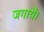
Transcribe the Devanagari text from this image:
जगायें।